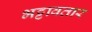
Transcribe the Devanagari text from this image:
भट्टावतार